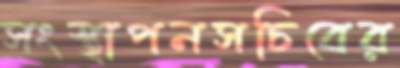
সংস্থাপনসচিবের